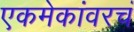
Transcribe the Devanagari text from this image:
एकमेकांवरचं